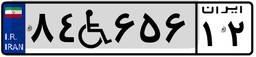
۸۴W۶۵۶۱۲